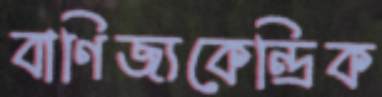
বাণিজ্যকেন্দ্রিক